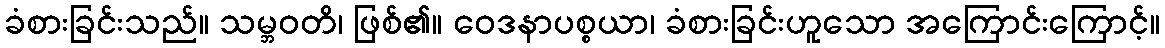
ခံစားခြင်းသည်။ သမ္ဘဝတိ၊ ဖြစ်၏။ ဝေဒနာပစ္စယာ၊ ခံစားခြင်းဟူသော အကြောင်းကြောင့်။